Indian journal of veterinary science and animal husbandry - Volumes 18-21, 1948-1951
Year: 1948
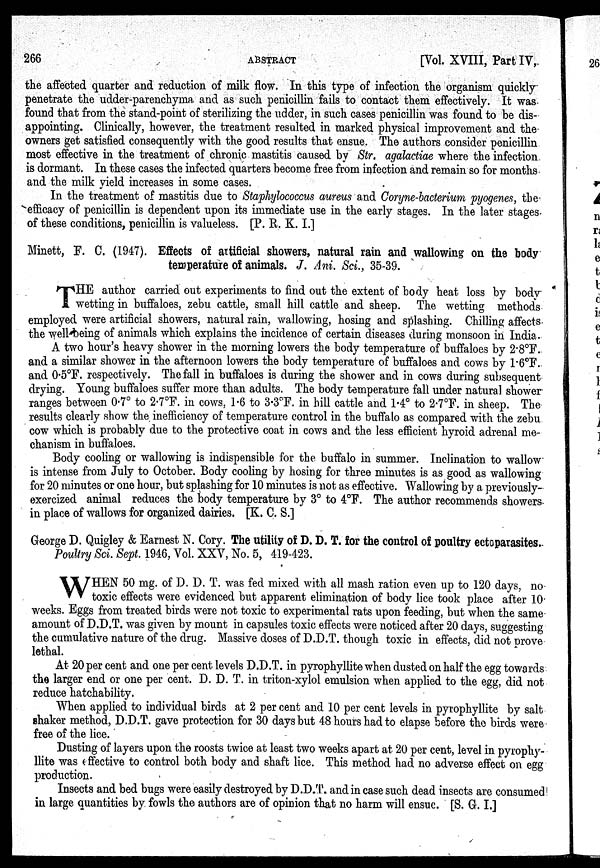
266
ABSTRACT
[Vol. XVIII, Part IV,
the affected quarter and reduction of milk flow. In this type of infection the organism quickly
penetrate the udder-parenchyma and as such penicillin fails to contact them effectively. It was
found that from the stand-point of sterilizing the udder, in such cases penicillin was found to be dis-
appointing. Clinically, however, the treatment resulted in marked physical improvement and the
owners get satisfied consequently with the good results that ensue. The authors consider penicillin
most effective in the treatment of chronic mastitis caused by Str. agalactiae where the infection
is dormant. In these cases the infected quarters become free from infection and remain so for months
and the milk yield increases in some cases.
In the treatment of mastitis due to Staphylococcus aureus and Coryne-bacterium pyogenes, the
efficacy of penicillin is dependent upon its immediate use in the early stages. In the later stages
of these conditions, penicillin is valueless. [P. R. K. I]
Minett, F. C. (1947). Effects of artificial showers, natural rain and wallowing on the body
temperature of animals. J. Ani. Sci., 35-39.
T HE author carried out experiments to find out the extent of body heat loss by body
wetting in buffaloes, zebu cattle, small hill cattle and sheep. The wetting methods
employed were artificial showers, natural rain, wallowing, hosing and splashing. Chilling affects
the well being of animals which explains the incidence of certain diseases during monsoon in India.
A two hour's heavy shower in the morning lowers the body temperature of buffaloes by 2.8°F.
and a similar shower in the afternoon lowers the body temperature of buffaloes and cows by 1.6ºF.
and 0.5°F. respectively. The fall in buffaloes is during the shower and in cows during subsequent
drying. Young buffaloes suffer more than adults. The body temperature fall under natural shower
ranges between 0.7° to 2.7°F. in cows, 1.6 to 3.3°F. in hill cattle and 1.4° to 2.7°F. in sheep. The
results clearly show the inefficiency of temperature control in the buffalo as compared with the zebu
cow which is probably due to the protective coat in cows and the less efficient hyroid adrenal me-
chanism in buffaloes.
Body cooling or wallowing is indispensible for the buffalo in summer. Inclination to wallow
is intense from July to October. Body cooling by hosing for three minutes is as good as wallowing
for 20 minutes or one hour, but splashing for 10 minutes is not as effective. Wallowing by a previously-
exercized animal reduces the body temperature by 3° to 4°F. The author recommends showers
in place of wallows for organized dairies. [K. C. S.]
George D. Quigley & Earnest N. Cory. The utility of D. D. T. for the control of poultry ectoparasites.
Poultry Sci. Sept. 1946, Vol. XXV, No. 5, 419-423.
W HEN 50 mg. of D. D. T. was fed mixed with all mash ration even up to 120 days, no
toxic effects were evidenced but apparent elimination of body lice took place after 10
weeks. Eggs from treated birds were not toxic to experimental rats upon feeding, but when the same
amount of D.D.T. was given by mount in capsules toxic effects were noticed after 20 days, suggesting
the cumulative nature of the drug. Massive doses of D.D.T. though toxic in effects, did not prove
lethal.
At 20 per cent and one per cent levels D.D.T. in pyrophyllite when dusted on half the egg towards
the larger end or one per cent. D. D. T. in triton-xylol emulsion when applied to the egg, did not
reduce hatchability.
When applied to individual birds at 2 per cent and 10 per cent levels in pyrophyllite by salt
shaker method, D.D.T. gave protection for 30 days but 48 hours had to elapse before the birds were
free of the lice.
Dusting of layers upon the roosts twice at least two weeks apart at 20 per cent, level in pyrophy-
llite was effective to control both body and shaft lice. This method had no adverse effect on egg
production.
Insects and bed bugs were easily destroyed by D.D.T. and in case such dead insects are consumed
in large quantities by fowls the authors are of opinion that no harm will ensue. [S. G. I.]